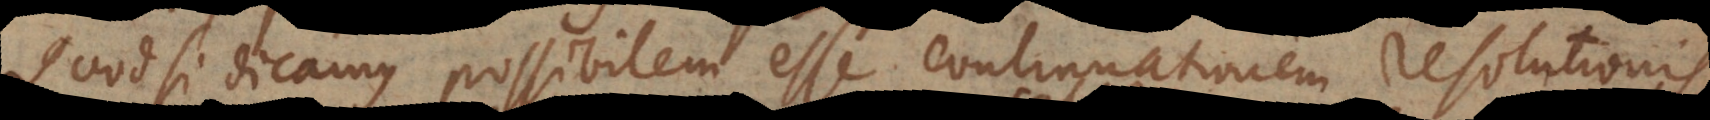
uodsi dicamus possibilem esse continuationem resolutionis